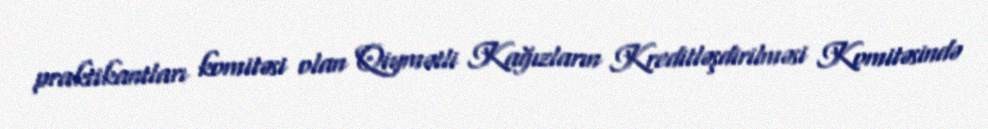
praktikantları komitəsi olan Qiymətli Kağızların Kreditləşdirilməsi Komitəsində